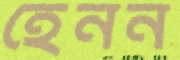
হেনন